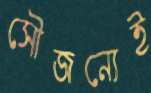
সৌজন্যেই